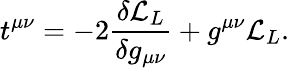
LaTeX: t^{\mu\nu}=-2{\frac{\delta{\cal L}_{L}}{\delta g_{\mu\nu}}}+g^{\mu\nu}{\cal L}_{L}.